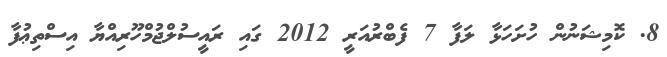
8. ކޮމިޝަނުން ހުށަހަޅާ ލަފާ 7 ފެބްރުއަރީ 2012 ގައި ރައީސުލްޖުމްހޫރިއްޔާ އިސްތިޢުފާ